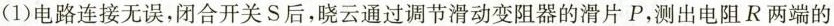
(1)电路连接无误，闭合开关S后，晓云通过调节滑动变阻器的滑片P，测出电阻R两端的